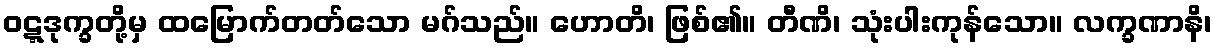
ဝဋ္ဋဒုက္ခတို့မှ ထမြောက်တတ်သော မဂ်သည်။ ဟောတိ၊ ဖြစ်၏။ တီဏိ၊ သုံးပါးကုန်သော။ လက္ခဏာနိ၊